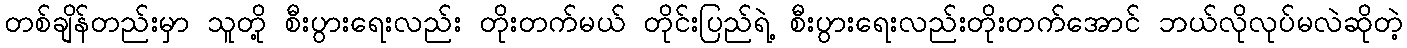
တစ်ချိန်တည်းမှာ သူတို့ စီးပွားရေးလည်း တိုးတက်မယ် တိုင်းပြည်ရဲ့ စီးပွားရေးလည်းတိုးတက်အောင် ဘယ်လိုလုပ်မလဲဆိုတဲ့